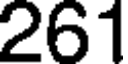
261